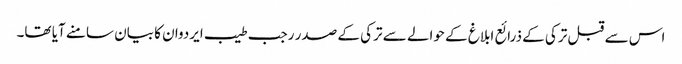
اس سے قبل ترکی کے ذرائع ابلاغ کے حوالے سے ترکی کے صدر رجب طیب ایردوان کا بیان سامنے آیا تھا۔